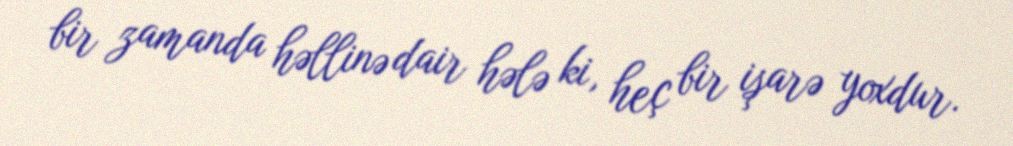
bir zamanda həllinə dair hələ ki, heç bir işarə yoxdur.